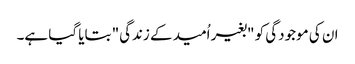
ان کی موجودگی کو "بغیر اُمید کے زندگی" بتایا گیا ہے۔